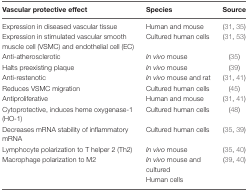
| Vascular protective effect | Species | Source |
 | --- | --- | --- |
 | Expression in diseased vascular tissue | Human and mouse | (31, 35) |
 | Expression in stimulated vascular smooth muscle cell (VSMC) and endothelial cell (EC) | Cultured human cells | (31, 53) |
 | Anti-atherosclerotic | In vivo mouse | (35) |
 | Halts preexisting plaque | In vivo mouse | (39) |
 | Anti-restenotic | In vivo mouse and rat | (31, 41) |
 | Reduces VSMC migration | Cultured human cells | (45) |
 | Antiproliferative | Human and mouse | (31, 41) |
 | Cytoprotective, induces heme oxygenase-1 (HO-1) | Cultured human cells | (48) |
 | Decreases mRNA stability of inflammatory mRNA | Cultured human cells | (35, 39) |
 | Lymphocyte polarization to T helper 2 (Th2) | In vivo mouse | (35, 40) |
 | Macrophage polarization to M2 | In vivo mouse and cultured | (39, 40) |
 |  | Human cells |  |